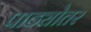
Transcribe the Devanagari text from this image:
पाठ्योतर